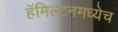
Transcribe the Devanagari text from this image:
हॅमिल्टनमध्येच